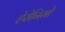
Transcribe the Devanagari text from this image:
हेरोनिमो